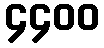
၄၄၀၀